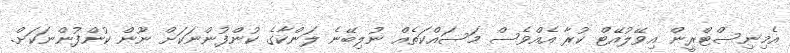
އެމިނިސްޓްރީން އިވޭލުއޭޓް ކުރާ އެއްވެސް މަސައްކަތެއް ނުލިބޭނެ ލަންކާގެ ކުންފުންނަކަށް ނޫން ކުންފުންނަކަށް.